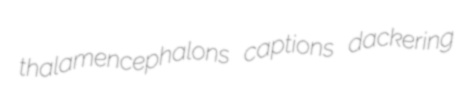
thalamencephalons captions dackering